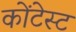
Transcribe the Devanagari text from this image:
कोंटेस्ट